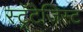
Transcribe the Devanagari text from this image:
स्ट्रॅटेजिस्ट